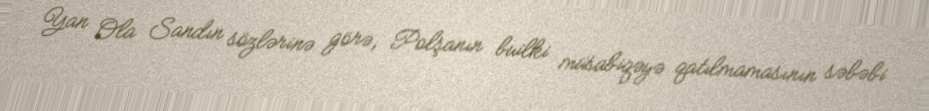
Yan Ola Sandın sözlərinə görə, Polşanın builki müsabiqəyə qatılmamasının səbəbi